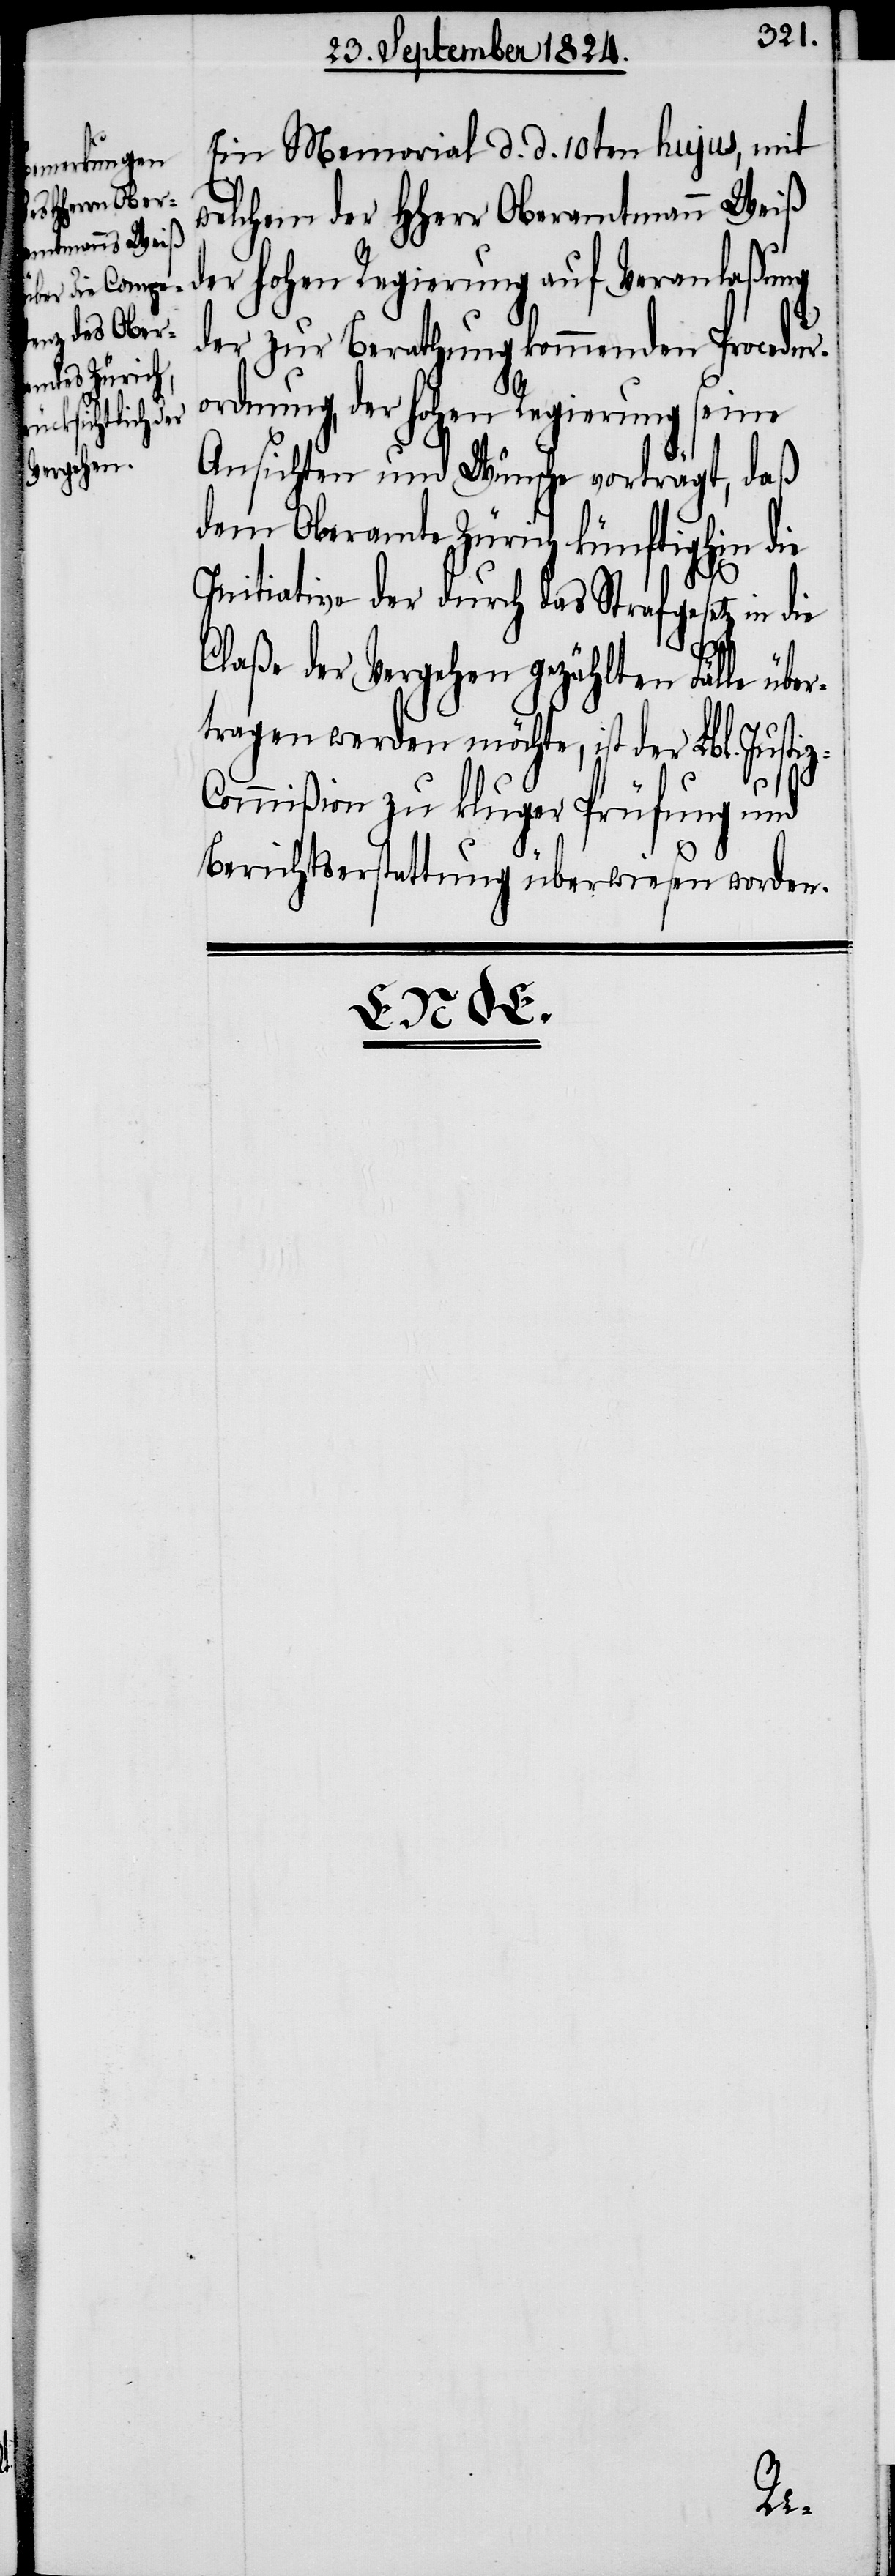
Ein Memorial d. d. 10ten hujus, mit
welchem der HHerr Oberamtmann Weiß
der hohen Regierung auf Veranlaßung
der zu Berathung kommenden Procedur¬
ordnung, der hohen Regierung seine
Ansichten und Wünsche vorträgt, daß
dem Oberamte Zürich künftighin die
Initiative der durch das Strafgesetz in die
Claße der Vergehen gezählten Fälle über¬
tragen werden möchte, ist der Lbl. Justi¬
ommißion zu kluger Prüfung und
Berichtserstattung überwiesen worden.
z-C¬